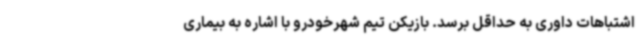
اشتباهات داوری به حداقل برسد. بازیکن تیم شهرخودرو با اشاره به بیماری